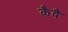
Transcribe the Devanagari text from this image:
कैवै